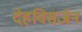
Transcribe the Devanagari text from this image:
देहविसर्जन